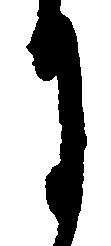
月